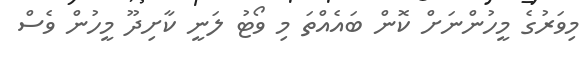
މިވަރުގެ މީހުންނަށް ކޮން ބައެއްތަ މި ވޯޓު ލަނީ ކާށިދޫ މީހުން ވެސް